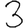
Digit: 3